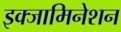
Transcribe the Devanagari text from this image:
इक्जामिनेशन